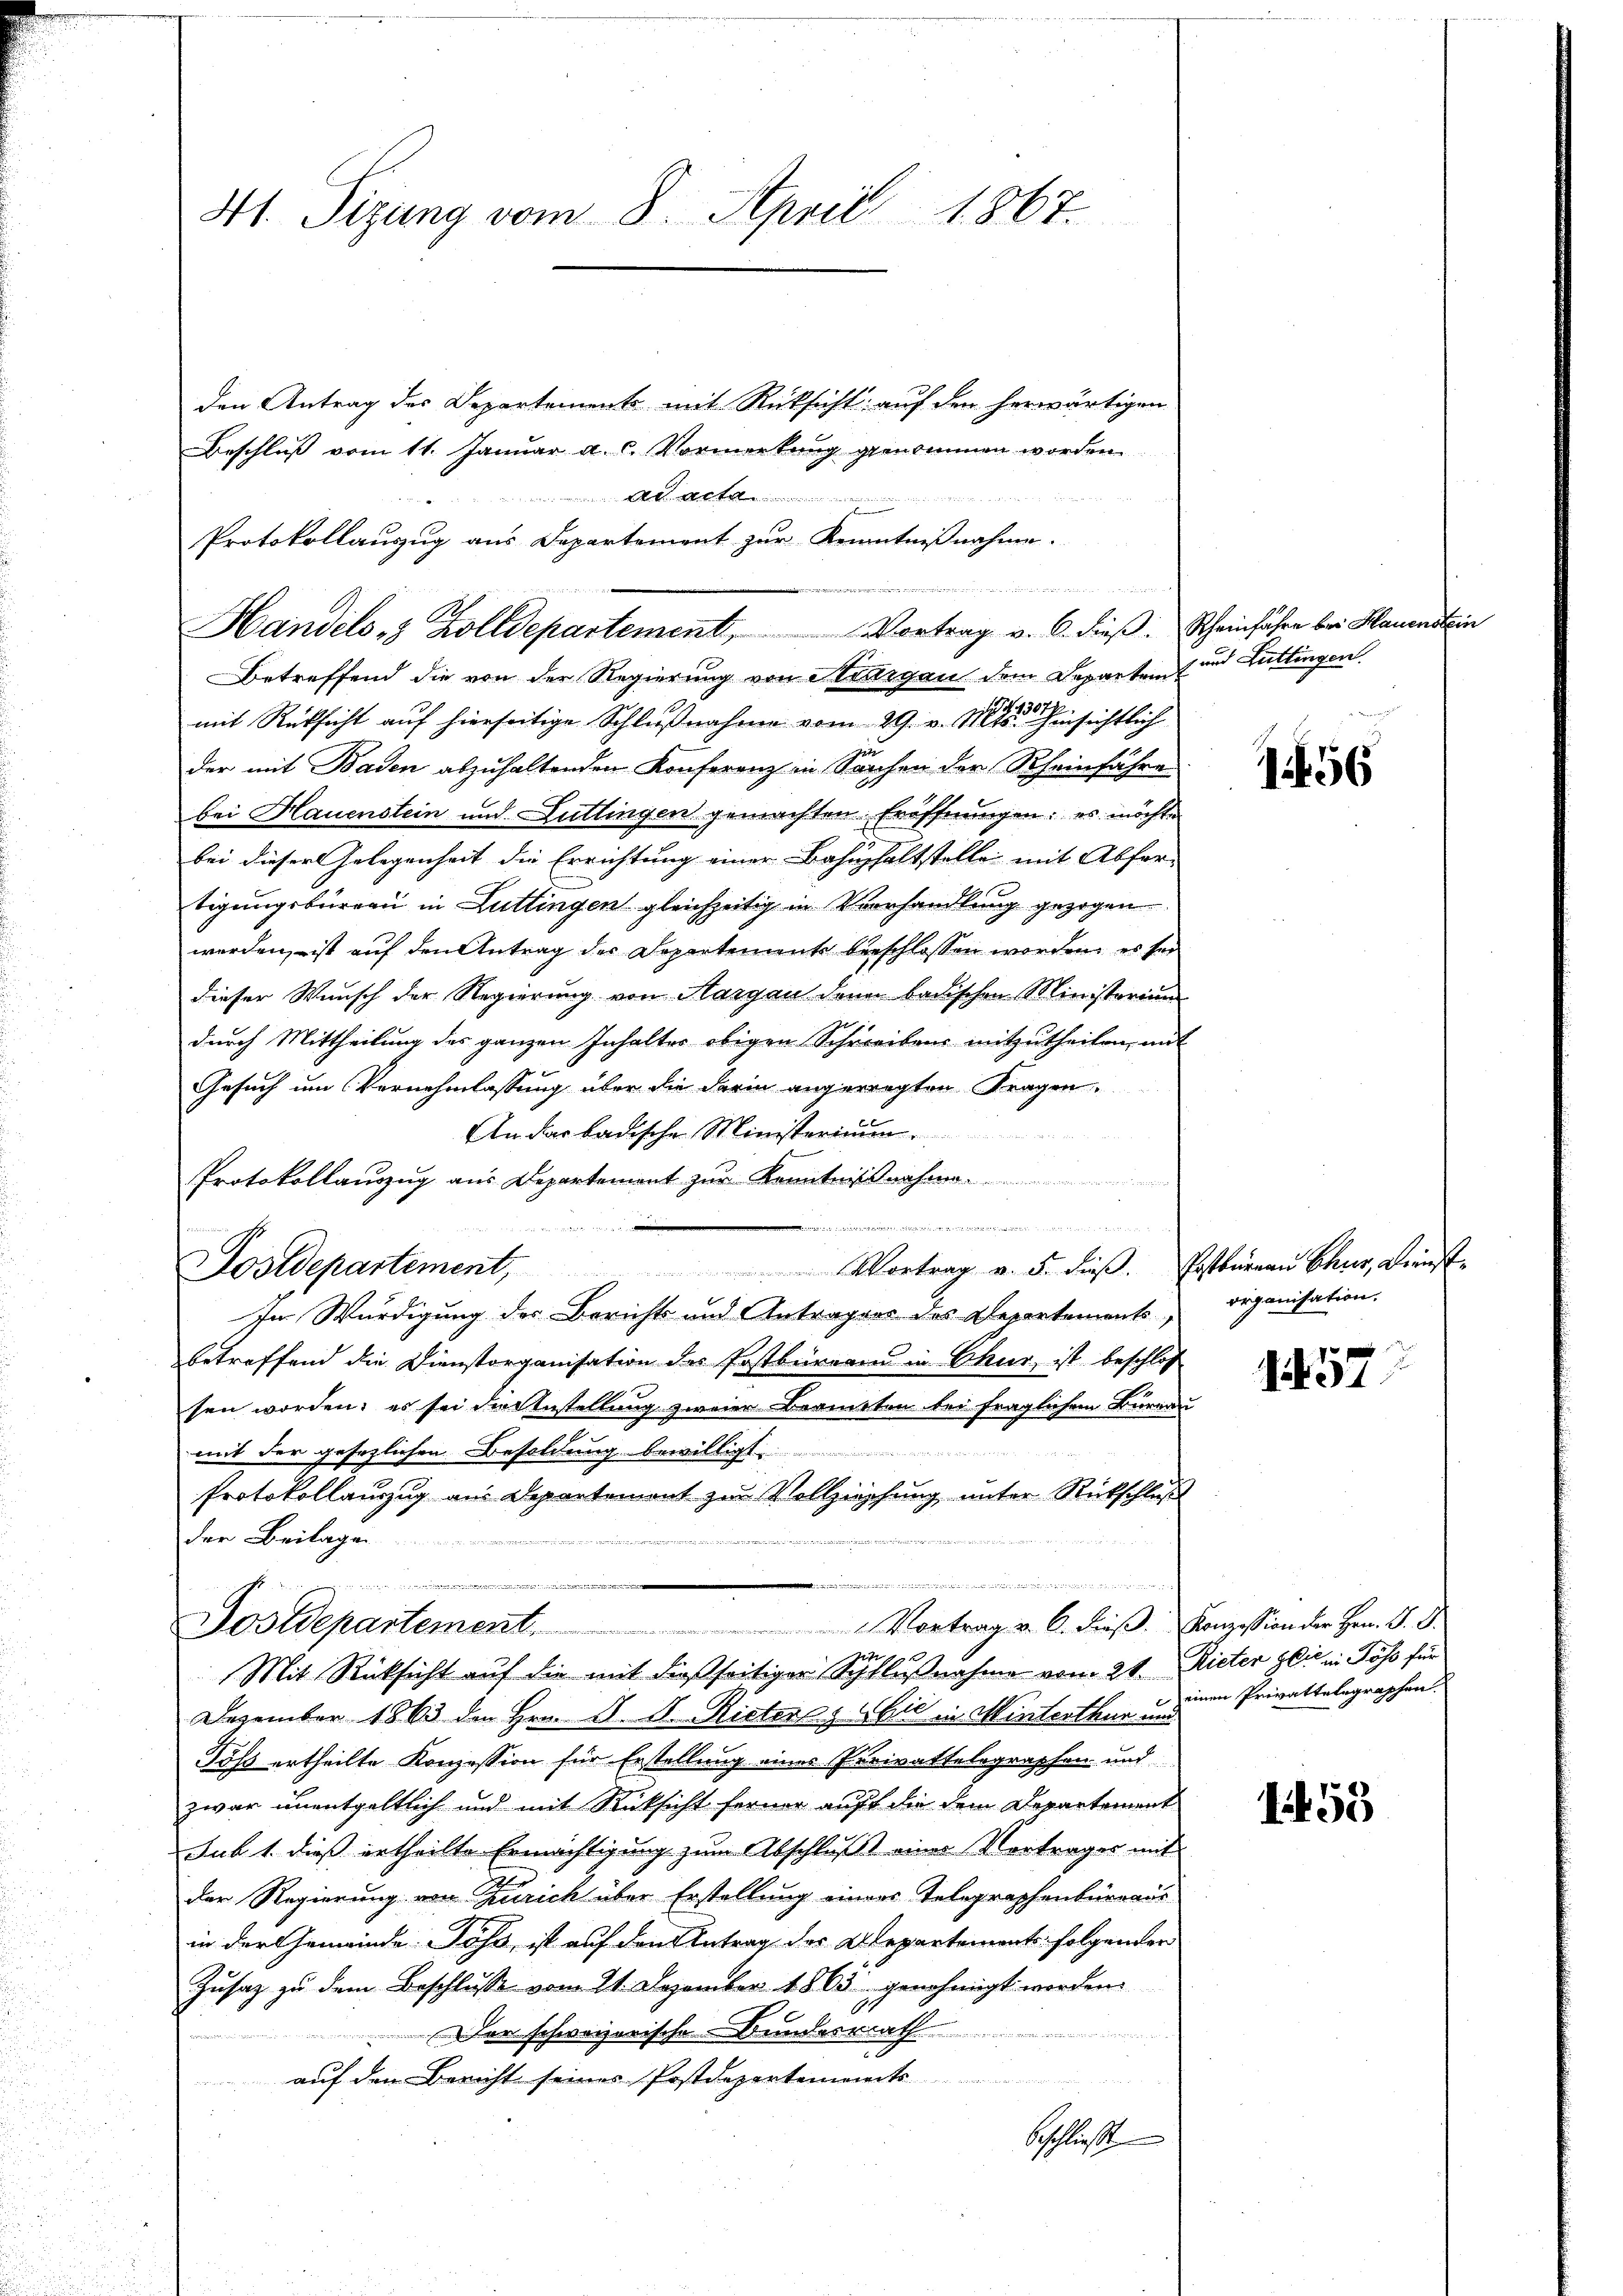
41. Sizung vom 8. April 1867.

den Antrag des Departement mit Rücksicht auf den herwärtigen
Beschluß vom 11. Januar a. c. Vormerkung genommen worden
 U. Artille
Betreffend die von der Regierung von Wittigau dem Departem
mit Rücksicht auf hierseitige Schlußnahme vom 29. v. Mts. Hinsichtlich
der mit Baden abzuhaltenden Konferenz in Sachen der Rheinfahre
bei Hauenstein und Luttingen gemachten Eröffnungen: es möchte
bei dieser Gelegenheit die Errichtung einer Bahnphaltstelle mit Abfer-
tigungsbureau in Luttingen gleichzeitig in Verhandlung gezogen
werden, ist auf den Antrag der Departements beschlossen worden, es sei
dieser Wunsch der Regierung von Margau den badischen Ministorium
durch Mittheilung des ganzen Inhalter obigen Schreibens mitzutheilen, in
Gesuch um Vernehmlassung über die darin angeregten Fragen.
An das badische Ministerium.
Protokollauszug aus Departement zur Kenntnißnahme.
erinterstehenden in eine
ostdepartement,
Vortrag v. 5. Fuß.
In Würdigung des Berichts und Antragens des Departements
betreffend die Dienstorganisation des Postbüreau in Chur, ist beschlos
sen worden; es sei die Anstellung zweier Berneten bei fraglichem Burea
mit der gesezlichen Besoldung bewilligt.
Protokollauszug aus Departement zur Vollziehung unter Rückschluß
der Beilage ............
n
e

Postdepartement.
Vortrag u. 6. dieß.
Mit Rücksicht auf die mit dießseitiger Schlußnahme vom 21.
Dezember 1863 den Hrn. K. A. Rictorz (bil in Winterthur und
Töß ertheilte Konzession für Erstellung eines Purivattelegraphen und
zwar unentgeltlich und mit Rücksicht ferner auff die dem Departement
Jub 1. dieß ertheilte Ermächtigung zum Abschluß eines Vortrages mit
der Regierung von Zürich über Erstellung einer Telegraphenbüreaus
in der Gemeinde Poss, ist auf den Antrag des Alepartements folgender
Zusatz zu dem Beschlusse vom 21. Dezember 1863 genehmigt worden.
Der schweizerische Bundesrath
auf den Bericht seines Postdepartements
e
beschließt

Protokollauszug aus Departement zur Kenntnißnahme.
1442
e
Handels- & Zolldepartement, Vortrag v. 6. dieß.

Rheinfahre bei Hauenstein
s und Littingen

1456

Erstbürgen Chur, Dienst
organisation.

57

Konzession der Hrn. J. J.
Rieter Zeit in Söss für
einen Privattelegraphen.

153